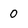
Character: 0